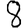
Digit: 8